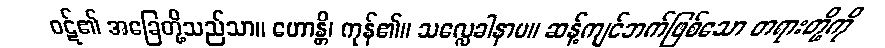
ဝဋ်၏ အခြေတို့သည်သာ။ ဟောန္တိ၊ ကုန်၏။ သလ္လေခါနာမ။ ဆန့်ကျင်ဘက်ဖြစ်သော တရားတို့ကို